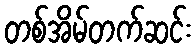
တစ်အိမ်တက်ဆင်း